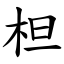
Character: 柦